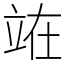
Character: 𫞼